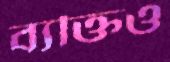
ব্যক্তিও